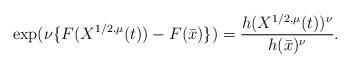
LaTeX: \begin{align*}\exp(\nu\{F(X^{1/2,\mu}(t))-F(\bar{x})\})=\frac{h(X^{1/2,\mu}(t))^\nu}{h(\bar{x})^\nu}.\end{align*}